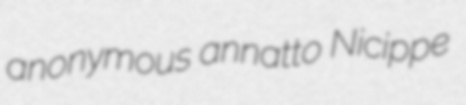
anonymous annatto Nicippe